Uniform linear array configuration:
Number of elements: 64
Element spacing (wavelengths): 1
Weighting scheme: hann
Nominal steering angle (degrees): -60
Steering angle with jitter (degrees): -60.051
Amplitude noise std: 0.05
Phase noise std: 0.05

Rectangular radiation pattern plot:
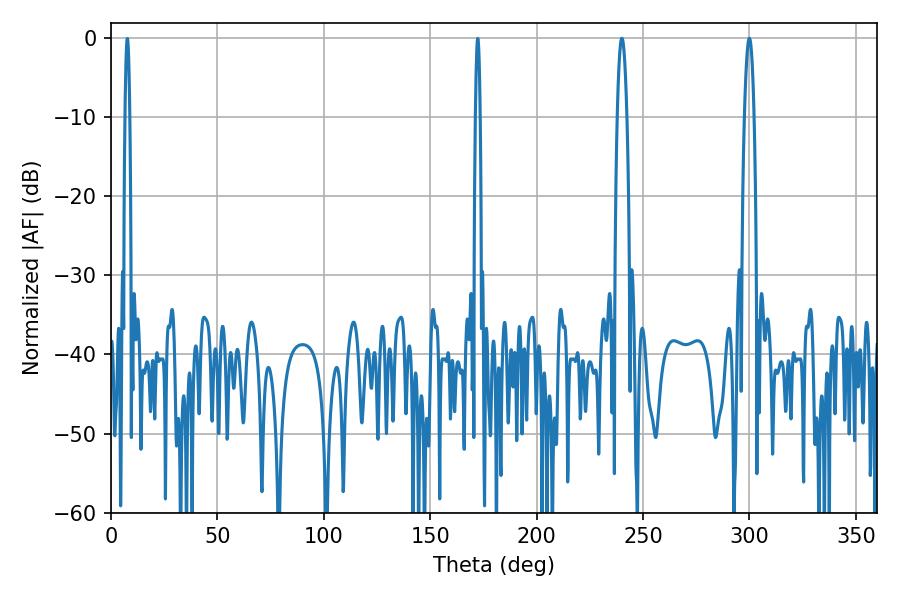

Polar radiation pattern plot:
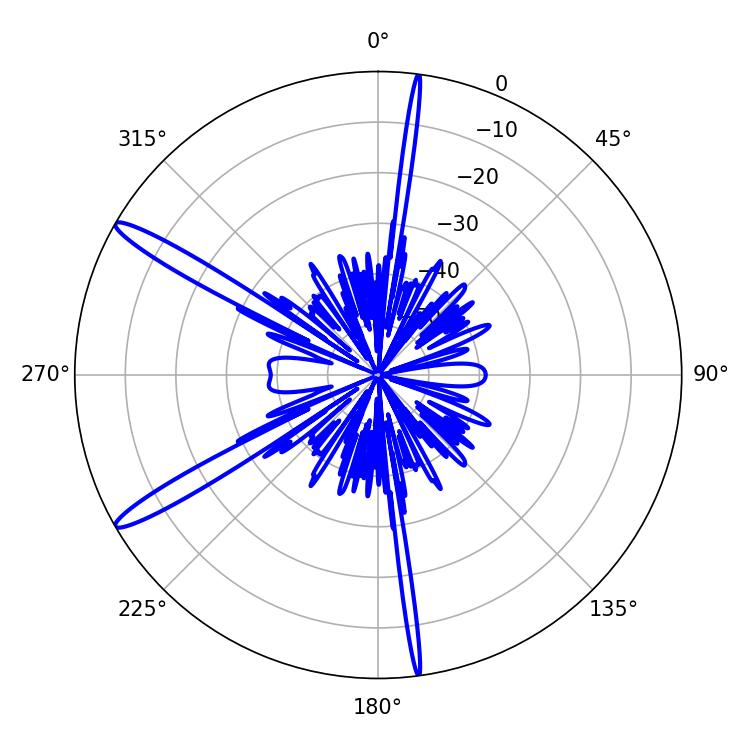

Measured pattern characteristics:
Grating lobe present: TRUE
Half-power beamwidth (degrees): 2.52
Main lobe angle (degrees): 299.88